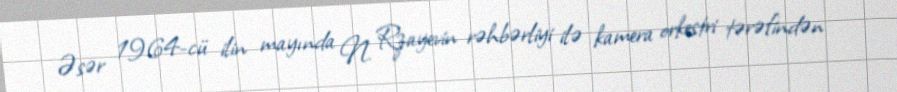
Əsər 1964-cü ilin mayında N. Rzayevin rəhbərliyi ilə kamera orkestri tərəfindən